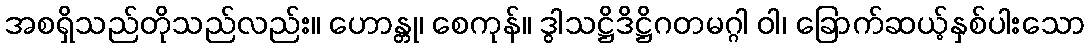
အစရှိသည်တိုသည်လည်း။ ဟောန္တု၊ စေကုန်။ ဒွါသဋ္ဌိဒိဋ္ဌိဂတမဂ္ဂါ ဝါ၊ ခြောက်ဆယ့်နှစ်ပါးသော